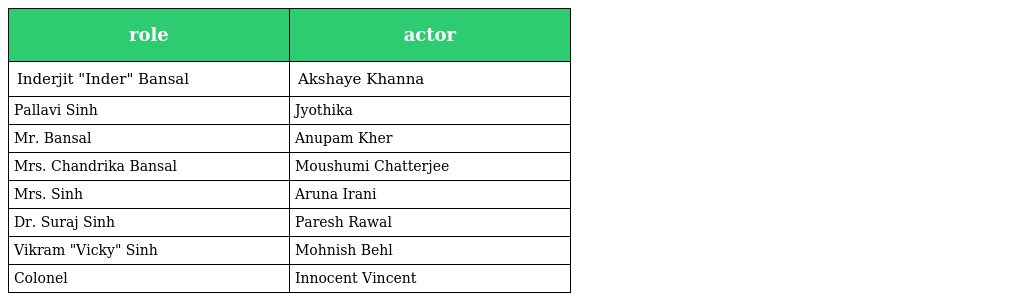
| role | actor |
 | --- | --- |
 | Inderjit "Inder" Bansal | Akshaye Khanna |
 | Pallavi Sinh | Jyothika |
 | Mr. Bansal | Anupam Kher |
 | Mrs. Chandrika Bansal | Moushumi Chatterjee |
 | Mrs. Sinh | Aruna Irani |
 | Dr. Suraj Sinh | Paresh Rawal |
 | Vikram "Vicky" Sinh | Mohnish Behl |
 | Colonel | Innocent Vincent |